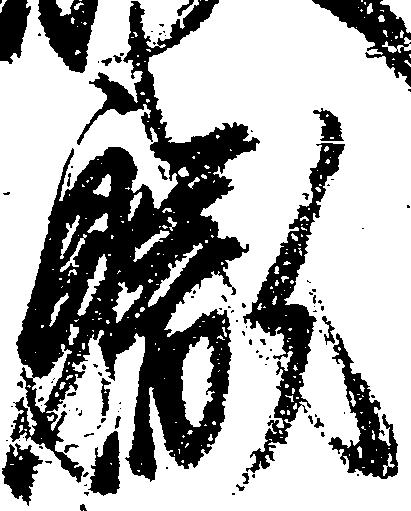
職